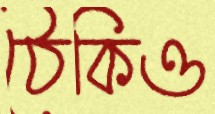
ঠেকিও